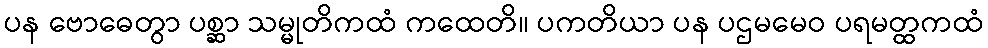
ပန ဗောဓေတွာ ပစ္ဆာ သမ္မုတိကထံ ကထေတိ။ ပကတိယာ ပန ပဌမမေဝ ပရမတ္ထကထံ